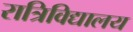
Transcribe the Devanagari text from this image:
रात्रिविद्यालय